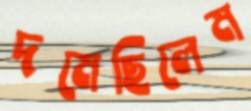
দমেছিলেম